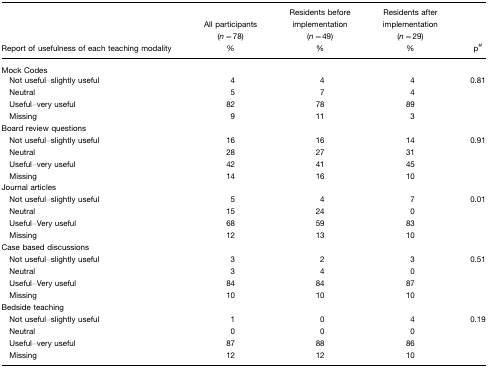
<table><thead><tr><td><b>Report of usefulness of each teaching modality</b></td><td><b>All participants (<i>n</i>=78)%</b></td><td><b>Residents before implementation (<i>n</i>=49)%</b></td><td><b>Residents after implementation (<i>n</i>=29)%</b></td><td><b>p#</b></td></tr><tr><td colspan="5"><b>Mock Codes</b></td></tr></thead><tbody><tr><td> Not useful–slightly useful</td><td>4</td><td>4</td><td>4</td><td>0.81</td></tr><tr><td> Neutral</td><td>5</td><td>7</td><td>4</td><td></td></tr><tr><td> Useful–very useful</td><td>82</td><td>78</td><td>89</td><td></td></tr><tr><td> Missing</td><td>9</td><td>11</td><td>3</td><td></td></tr><tr><td colspan="5">Board review questions</td></tr><tr><td> Not useful–slightly useful</td><td>16</td><td>16</td><td>14</td><td>0.91</td></tr><tr><td> Neutral</td><td>28</td><td>27</td><td>31</td><td></td></tr><tr><td> Useful–very useful</td><td>42</td><td>41</td><td>45</td><td></td></tr><tr><td> Missing</td><td>14</td><td>16</td><td>10</td><td></td></tr><tr><td colspan="5">Journal articles</td></tr><tr><td> Not useful–slightly useful</td><td>5</td><td>4</td><td>7</td><td>0.01</td></tr><tr><td> Neutral</td><td>15</td><td>24</td><td>0</td><td></td></tr><tr><td> Useful–Very useful</td><td>68</td><td>59</td><td>83</td><td></td></tr><tr><td> Missing</td><td>12</td><td>13</td><td>10</td><td></td></tr><tr><td colspan="5">Case based discussions</td></tr><tr><td> Not useful–slightly useful</td><td>3</td><td>2</td><td>3</td><td>0.51</td></tr><tr><td> Neutral</td><td>3</td><td>4</td><td>0</td><td></td></tr><tr><td> Useful–Very useful</td><td>84</td><td>84</td><td>87</td><td></td></tr><tr><td> Missing</td><td>10</td><td>10</td><td>10</td><td></td></tr><tr><td colspan="5">Bedside teaching</td></tr><tr><td> Not useful–slightly useful</td><td>1</td><td>0</td><td>4</td><td>0.19</td></tr><tr><td> Neutral</td><td>0</td><td>0</td><td>0</td><td></td></tr><tr><td> Useful–very useful</td><td>87</td><td>88</td><td>86</td><td></td></tr><tr><td> Missing</td><td>12</td><td>12</td><td>10</td><td></td></tr></tbody></table>